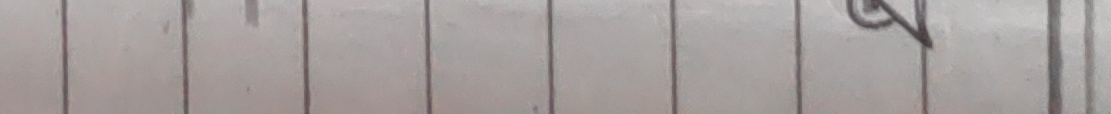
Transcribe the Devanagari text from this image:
२